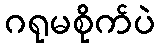
ဂရုမစိုက်ပဲ